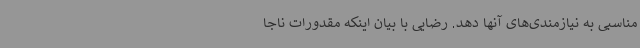
مناسبی به نیازمندی‌های آنها دهد. رضایی با بیان اینکه مقدورات ناجا